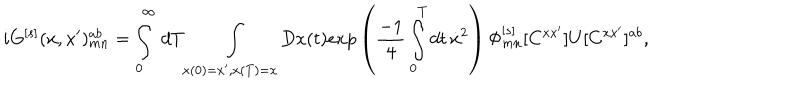
LaTeX: i G ^ { [ s ] } ( x , x ^ { \prime } ) _ { m n } ^ { a b } = \int _ { 0 } ^ { \infty } \, d T \int _ { x ( 0 ) = x ^ { \prime } , x ( T ) = x } D x ( t ) e x p \left( { \frac { - 1 } { 4 } } \int _ { 0 } ^ { T } d t \, \dot { x } ^ { 2 } \right) \Phi _ { m n } ^ { [ s ] } [ C ^ { x x ^ { \prime } } ] U [ C ^ { x x ^ { \prime } } ] ^ { a b } ,